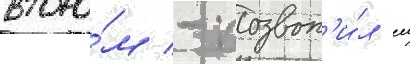
второ́м - позвон'и́л еи